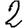
Digit: 2